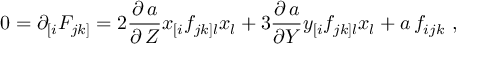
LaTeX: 0 = \partial _ { [ i } F _ { j k ] } = 2 \frac { \partial \, a } { \partial \, Z } x _ { [ i } f _ { j k ] l } x _ { l } + 3 \frac { \partial \, a } { \partial Y } y _ { [ i } f _ { j k ] l } x _ { l } + a \, f _ { i j k } \ ,